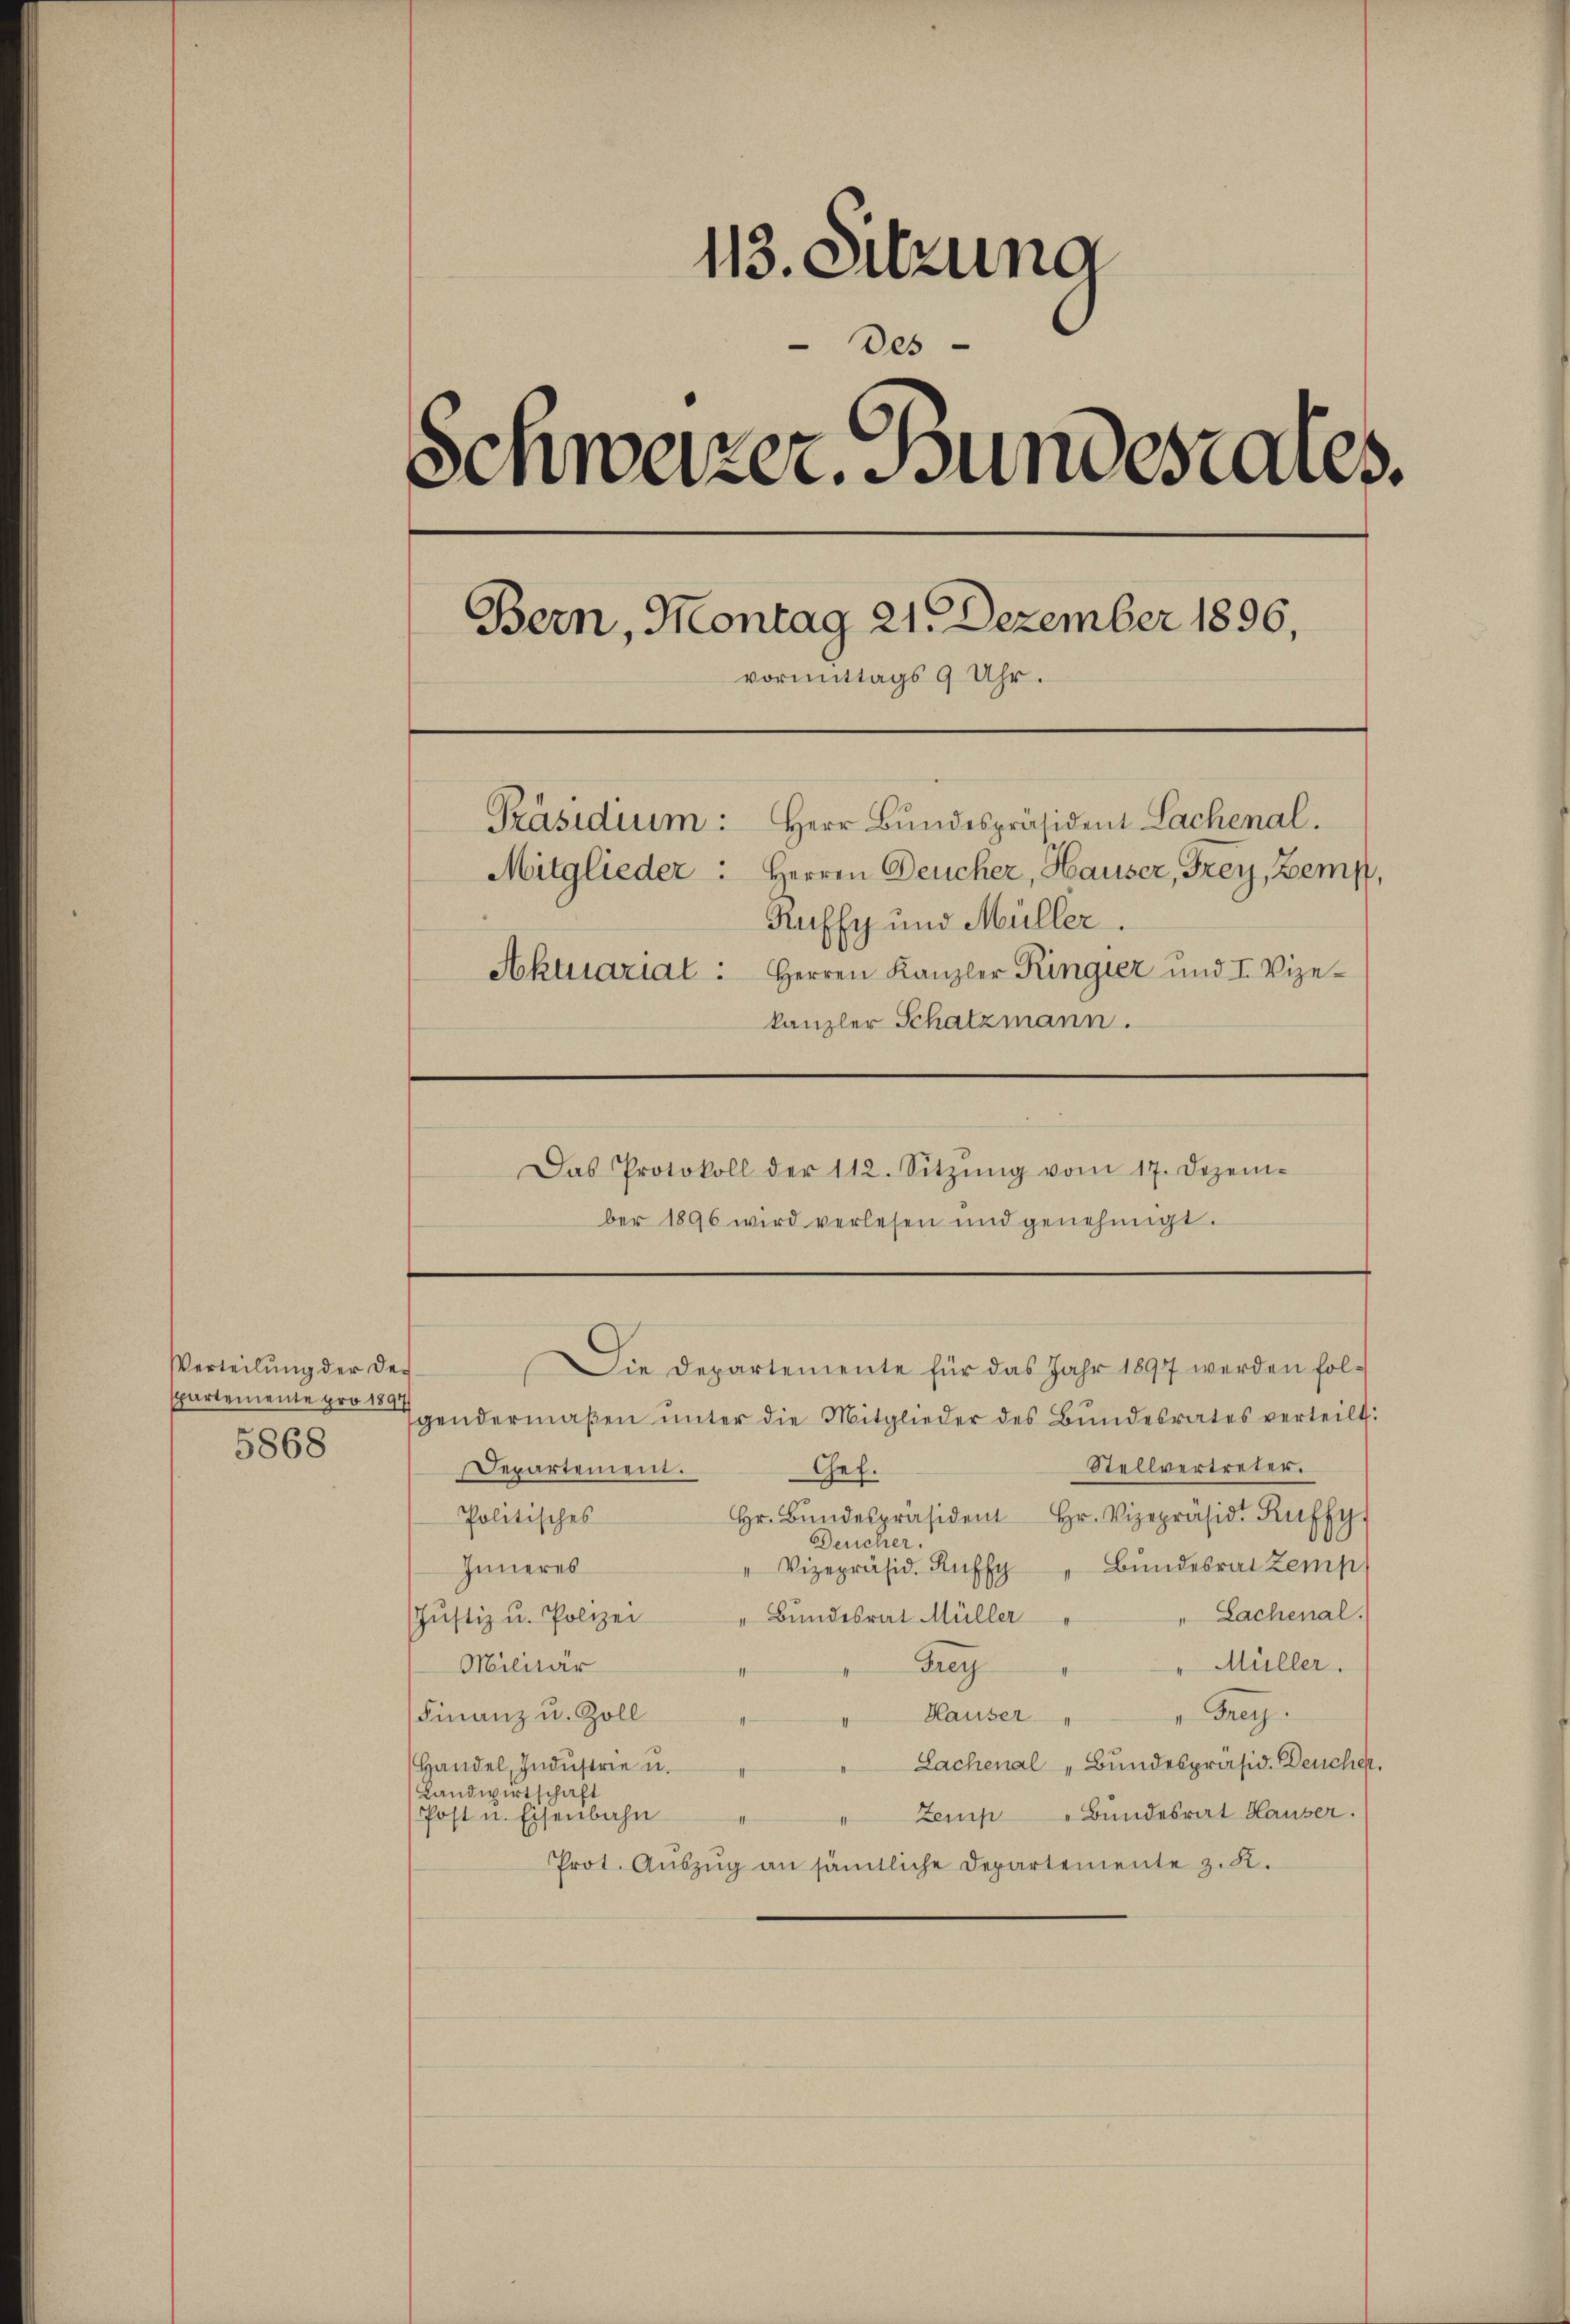
113. Setzung
Des
Schweizer. Bundesrates.
Bern, Montag 21. Dezember 1896,
vormittags 9 Uhr.
Präsidium: Herr Bundespräsident Lachenal.
Mitglieder. Herren Deucher, Hauser, Frey, Zemp,
Ruffy und Müller
Aktuarial : Herren Kanzler Ringier und I. Vize-
kanzler Schatzmann.
Das Protokoll der 112. Sitzŭng vom 17. Dezem-
ber 1896 wird verlesen und genehmigt.

Verteilŭng der des
spartemente pro 1891
5868

gendermaβen ŭnter die Mitglieder des Bŭndesrates verteilt.
Stellvertreter.
Departement.
Chef.
Politisches
Hr. Bŭndespräsident Hr. Vizepräsid. Kuffy
Deucher.
Bundesrat Zemp
" Vizepräsid. Ruffy
Inneres
Sachenal.
Justiz u. Polizei
Bundesrat Müller
Militär
Frey
Müller.
" Frey.
Finanz u. Zoll
Hauser
Sachenal „Bundespräsid. Deucher.
Handel, Industrie u.
Landwirtschaft
Bundesrat Hauser.
Post u. Eisenbahn
Zemp
Prot. Aŭszŭg an sämtliche Departemente z. R.

Die Departemente für das Jahr 1897 werden fol-